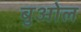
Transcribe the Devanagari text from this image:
बुओल